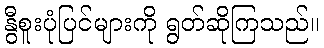
နွီစူးပုံပြင်များကို ရွတ်ဆိုကြသည်။